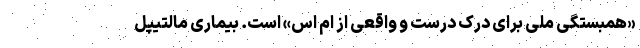
«همبستگی ملی برای درک درست و واقعی از ام اس» است. بیماری مالتیپل